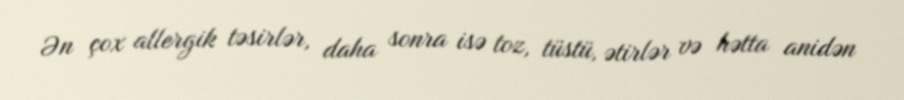
Ən çox allergik təsirlər, daha sonra isə toz, tüstü, ətirlər və hətta anidən